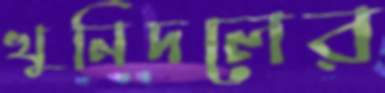
খুনিদলের